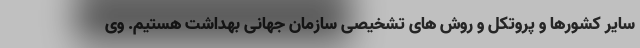
سایر کشورها و پروتکل و روش های تشخیصی سازمان جهانی بهداشت هستیم. وی